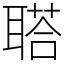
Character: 𦖿